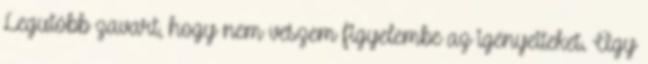
Legutóbb zavart, hogy nem veszem figyelembe az igényeiteket. Úgy